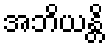
အဘိယန္တိ